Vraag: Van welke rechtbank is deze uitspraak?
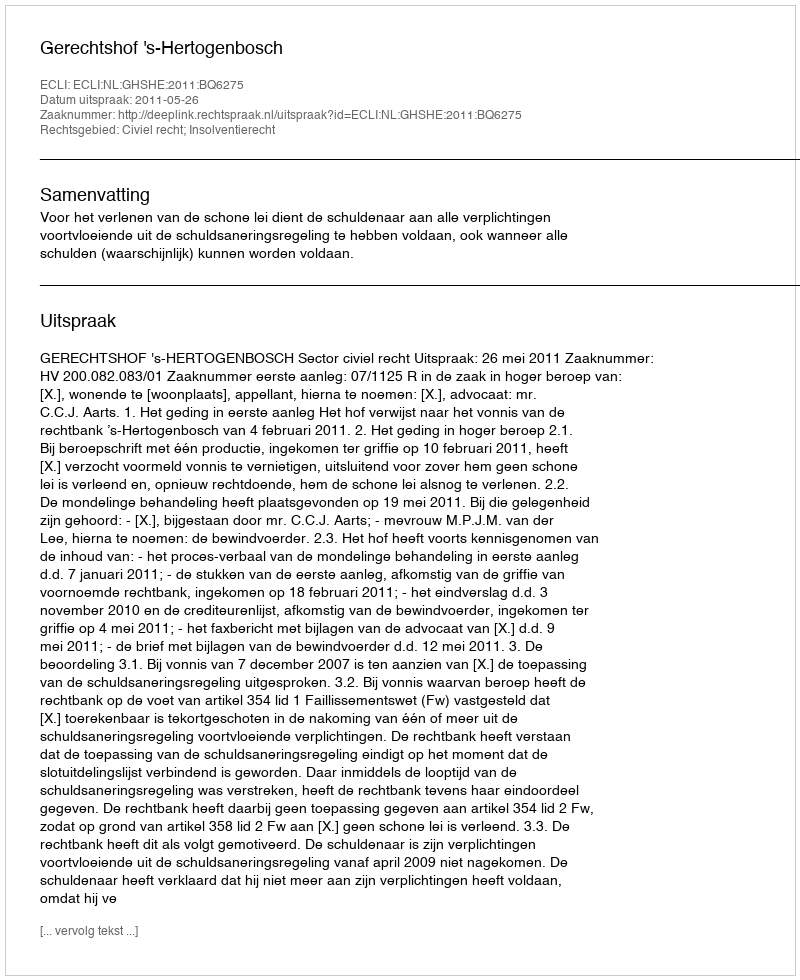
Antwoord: Gerechtshof 's-Hertogenbosch